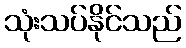
သုံးသပ်နိုင်သည်